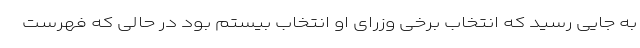
به جایی رسید که انتخاب برخی وزرای او انتخاب بیستم بود در حالی که فهرست